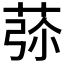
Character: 𦱨